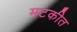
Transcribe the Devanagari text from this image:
मटकीत